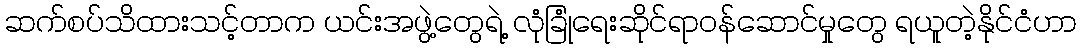
ဆက်စပ်သိထားသင့်တာက ယင်းအဖွဲ့တွေရဲ့ လုံခြုံရေးဆိုင်ရာဝန်ဆောင်မှုတွေ ရယူတဲ့နိုင်ငံဟာ